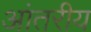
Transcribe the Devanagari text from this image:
आंतरीय